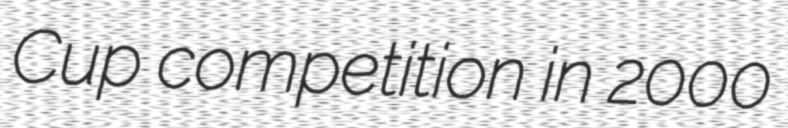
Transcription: Cup competition in 2000